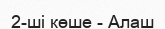
2-ші көше - Алаш